Indian journal of veterinary science and animal husbandry - Volumes 18-21, 1948-1951
Year: 1948
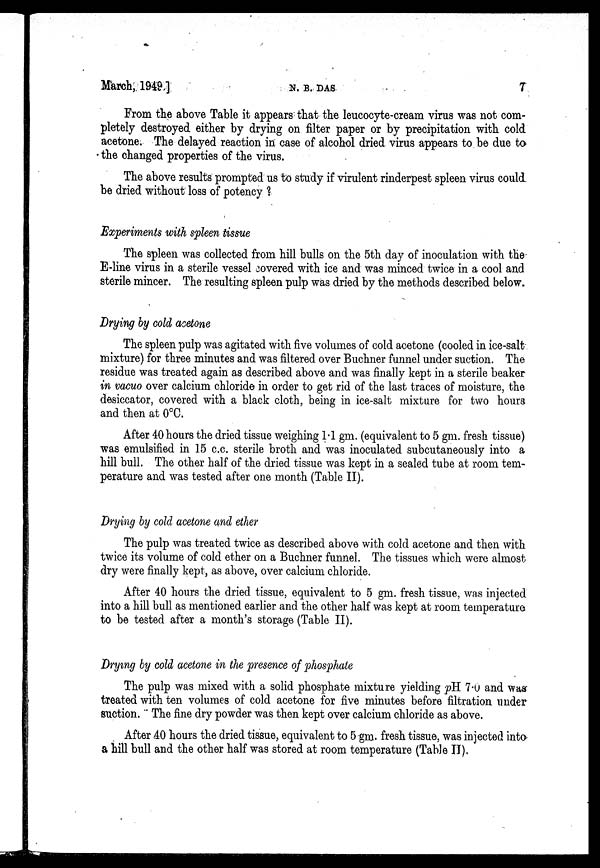
March, 1949 ]
N.
B.
DAS
7
From the above Table it appears that the leucocyte-cream virus was not com-
pletely destroyed either by drying on filter paper or by precipitation with cold
acetone. The delayed reaction in case of alcohol dried virus appears to be due to
the changed properties of the virus.
The above results prompted us to study if virulent rinderpest spleen virus could
be dried without loss of potency?
Experiments with spleen tissue
The spleen was collected from hill bulls on the 5th day of inoculation with the
E-line virus in a sterile vessel covered with ice and was minced twice in a cool and
sterile mincer. The resulting spleen pulp was dried by the methods described below.
Drying by cold acetone
The spleen pulp was agitated with five volumes of cold acetone (cooled in ice-salt
mixture) for three minutes and was filtered over Buchner funnel under suction. The
residue was treated again as described above and was finally kept in a sterile beaker
in vacuo over calcium chloride in order to get rid of the last traces of moisture, the
desiccator, covered with a black cloth, being in ice-salt mixture for two hours
and then at 0°C.
After 40 hours the dried tissue weighing 1.1 gm. (equivalent to 5 gm. fresh tissue)
was emulsified in 15 c.c. sterile broth and was inoculated subcutaneously into a
hill bull. The other half of the dried tissue was kept in a sealed tube at room tem-
perature and was tested after one month (Table II).
Drying by cold acetone and ether
The pulp was treated twice as described above with cold acetone and then with
twice its volume of cold ether on a Buchner funnel. The tissues which were almost
dry were finally kept, as above, over calcium chloride.
After 40 hours the dried tissue, equivalent to 5 gm. fresh tissue, was injected
into a hill bull as mentioned earlier and the other half was kept at room temperature
to be tested after a month's storage (Table II).
Drying by cold acetone in the presence of phosphate
The pulp was mixed with a solid phosphate mixture yielding pH 7.0 and was
treated with ten volumes of cold acetone for five minutes before filtration under
suction. The fine dry powder was then kept over calcium chloride as above.
After 40 hours the dried tissue, equivalent to 5 gm. fresh tissue, was injected into
a hill bull and the other half was stored at room temperature (Table II).